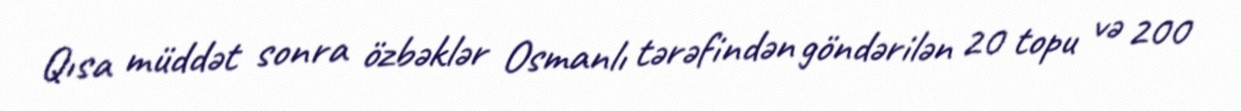
Qısa müddət sonra özbəklər Osmanlı tərəfindən göndərilən 20 topu və 200